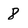
Character: 8